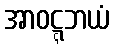
အာဝဋ္ဋဘယံ